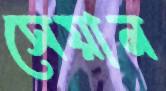
সেয়ান